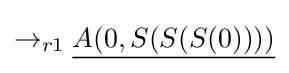
\rightarrow _{r1}{\underline {A(0,S(S(S(0))))}}